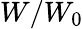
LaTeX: W/W_{0}